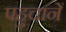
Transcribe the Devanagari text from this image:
पहुचानें